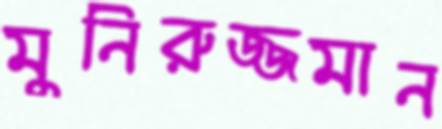
মুনিরুজ্জমান